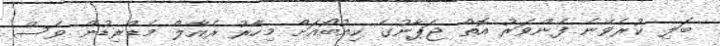
ބަލި ކުރެވޭނެ ފެންވަރު އޮތް ޖަޕާނުގެ ކިއުބޯއަށް މިހާރު ރެއާލް މެޑްރިޑުން ވެސް